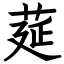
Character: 莚